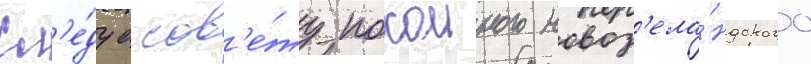
Сл'е́дуа сов'е́ту покоиного новоз'ела́ндского